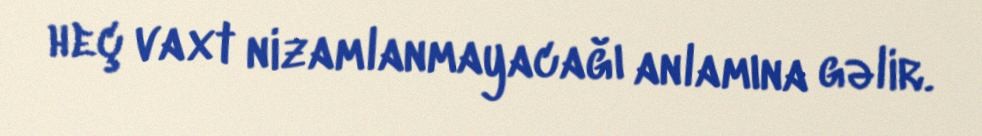
heç vaxt nizamlanmayacağı anlamına gəlir.